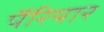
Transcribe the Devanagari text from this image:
पॅरियार